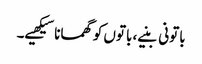
باتونی بنیے، باتوں کو گھمانا سیکھیے۔